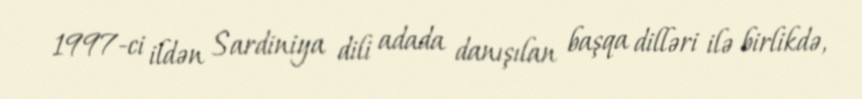
1997-ci ildən Sardiniya dili adada danışılan başqa dilləri ilə birlikdə,